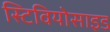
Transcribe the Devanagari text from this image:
स्टिवियोसाइड